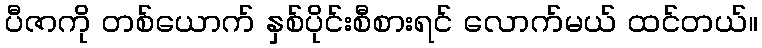
ပီဇာကို တစ်ယောက် နှစ်ပိုင်းစီစားရင် လောက်မယ် ထင်တယ်။